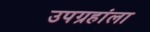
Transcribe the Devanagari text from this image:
उपग्रहांला